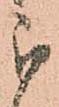
被